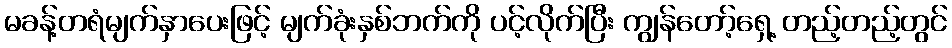
မခန့်တရံမျက်နှာပေးဖြင့် မျက်ခုံးနှစ်ဘက်ကို ပင့်လိုက်ပြီး ကျွန်တော့်ရှေ့ တည့်တည့်တွင်